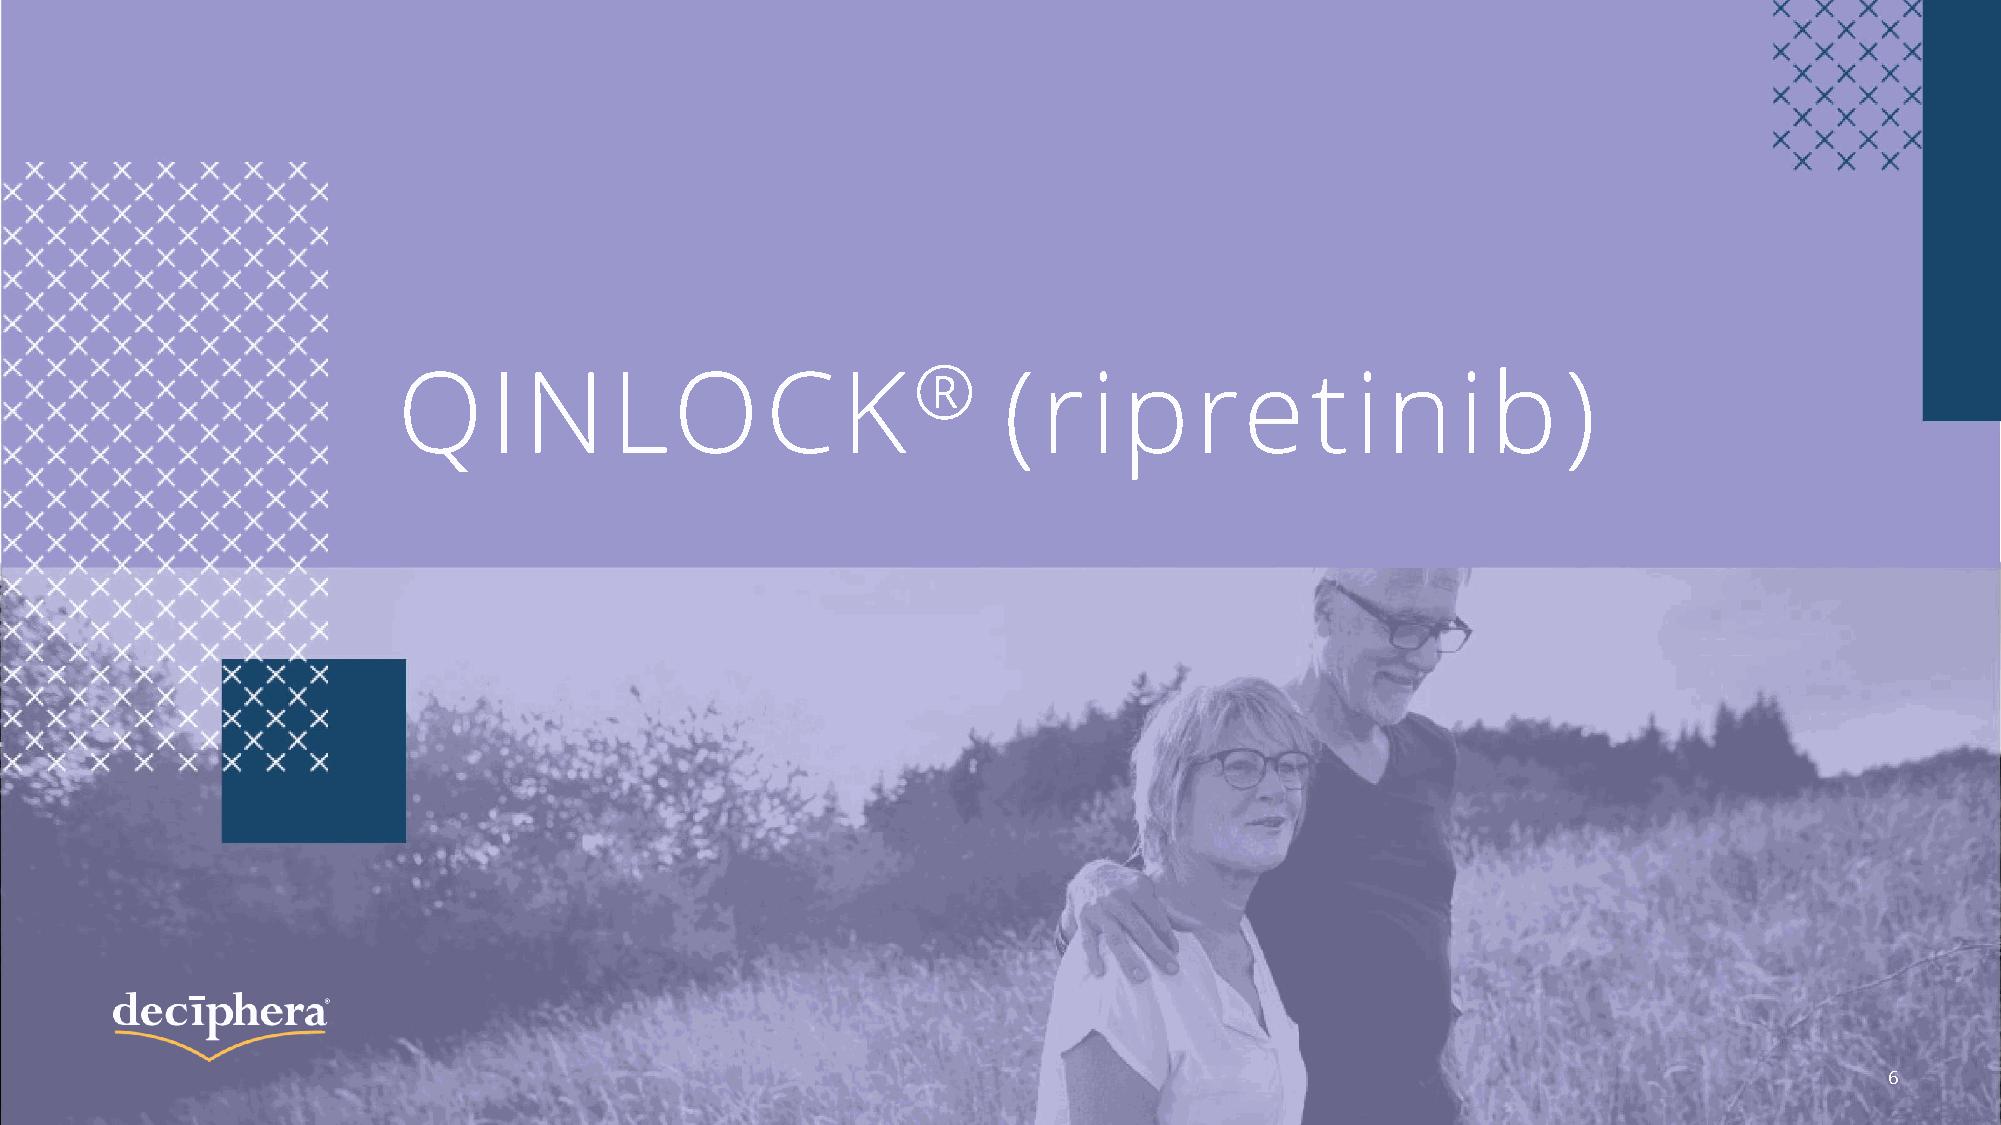
QIN           LOCK                ®     (ripretinib                           )
 6